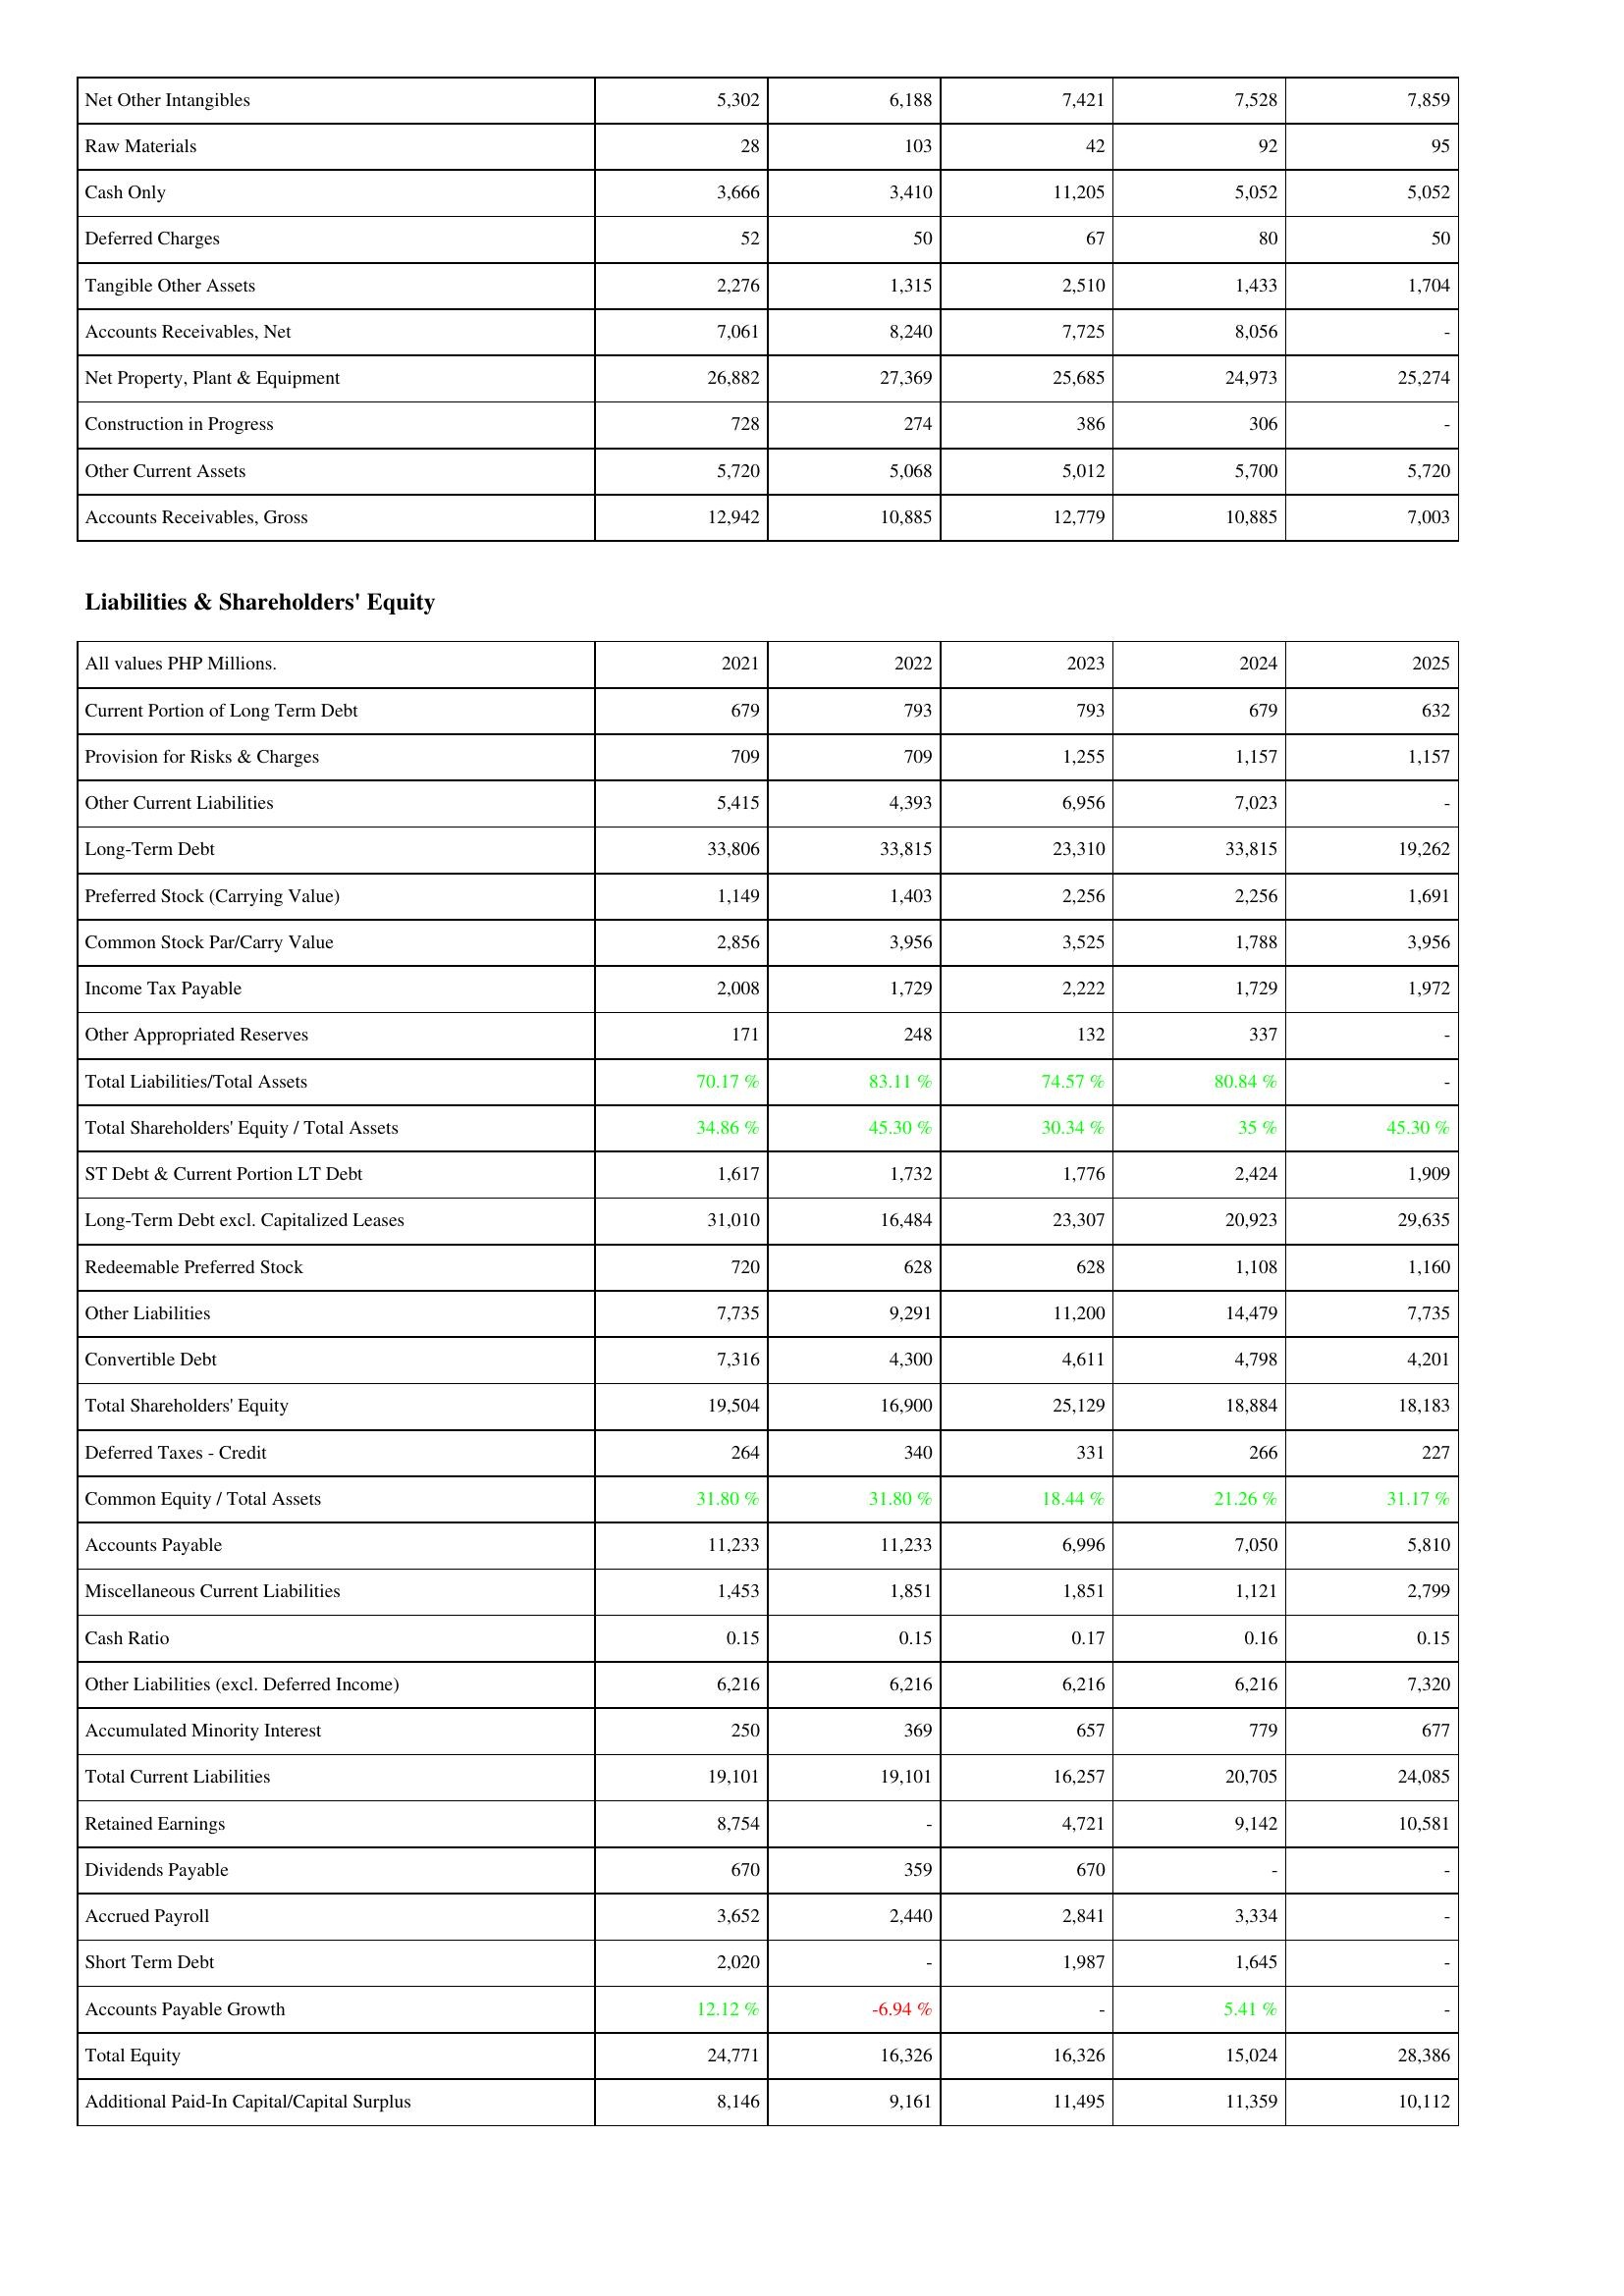
2021: Assets: Net Other Intangibles: 5,302
Raw Materials: 28
Cash Only: 3,666
Deferred Charges: 52
Tangible Other Assets: 2,276
Accounts Receivables, Net: 7,061
Net Property, Plant & Equipment: 26,882
Construction in Progress: 728
Other Current Assets: 5,720
Accounts Receivables, Gross: 12,942
Liabilities & Shareholders' Equity: Current Portion of Long Term Debt: 679
Provision for Risks & Charges: 709
Other Current Liabilities: 5,415
Long-Term Debt: 33,806
Preferred Stock (Carrying Value): 1,149
Common Stock Par/Carry Value: 2,856
Income Tax Payable: 2,008
Other Appropriated Reserves: 171
Total Liabilities/Total Assets: 70.17 %
Total Shareholders' Equity / Total Assets: 34.86 %
ST Debt & Current Portion LT Debt: 1,617
Long-Term Debt excl. Capitalized Leases: 31,010
Redeemable Preferred Stock: 720
Other Liabilities: 7,735
Convertible Debt: 7,316
Total Shareholders' Equity: 19,504
Deferred Taxes - Credit: 264
Common Equity / Total Assets: 31.80 %
Accounts Payable: 11,233
Miscellaneous Current Liabilities: 1,453
Cash Ratio: 0.15
Other Liabilities (excl. Deferred Income): 6,216
Accumulated Minority Interest: 250
Total Current Liabilities: 19,101
Retained Earnings: 8,754
Dividends Payable: 670
Accrued Payroll: 3,652
Short Term Debt: 2,020
Accounts Payable Growth: 12.12 %
Total Equity: 24,771
Additional Paid-In Capital/Capital Surplus: 8,146
2022: Assets: Net Other Intangibles: 6,188
Raw Materials: 103
Cash Only: 3,410
Deferred Charges: 50
Tangible Other Assets: 1,315
Accounts Receivables, Net: 8,240
Net Property, Plant & Equipment: 27,369
Construction in Progress: 274
Other Current Assets: 5,068
Accounts Receivables, Gross: 10,885
Liabilities & Shareholders' Equity: Current Portion of Long Term Debt: 793
Provision for Risks & Charges: 709
Other Current Liabilities: 4,393
Long-Term Debt: 33,815
Preferred Stock (Carrying Value): 1,403
Common Stock Par/Carry Value: 3,956
Income Tax Payable: 1,729
Other Appropriated Reserves: 248
Total Liabilities/Total Assets: 83.11 %
Total Shareholders' Equity / Total Assets: 45.30 %
ST Debt & Current Portion LT Debt: 1,732
Long-Term Debt excl. Capitalized Leases: 16,484
Redeemable Preferred Stock: 628
Other Liabilities: 9,291
Convertible Debt: 4,300
Total Shareholders' Equity: 16,900
Deferred Taxes - Credit: 340
Common Equity / Total Assets: 31.80 %
Accounts Payable: 11,233
Miscellaneous Current Liabilities: 1,851
Cash Ratio: 0.15
Other Liabilities (excl. Deferred Income): 6,216
Accumulated Minority Interest: 369
Total Current Liabilities: 19,101
Retained Earnings: -
Dividends Payable: 359
Accrued Payroll: 2,440
Short Term Debt: -
Accounts Payable Growth: -6.94 %
Total Equity: 16,326
Additional Paid-In Capital/Capital Surplus: 9,161
2023: Assets: Net Other Intangibles: 7,421
Raw Materials: 42
Cash Only: 11,205
Deferred Charges: 67
Tangible Other Assets: 2,510
Accounts Receivables, Net: 7,725
Net Property, Plant & Equipment: 25,685
Construction in Progress: 386
Other Current Assets: 5,012
Accounts Receivables, Gross: 12,779
Liabilities & Shareholders' Equity: Current Portion of Long Term Debt: 793
Provision for Risks & Charges: 1,255
Other Current Liabilities: 6,956
Long-Term Debt: 23,310
Preferred Stock (Carrying Value): 2,256
Common Stock Par/Carry Value: 3,525
Income Tax Payable: 2,222
Other Appropriated Reserves: 132
Total Liabilities/Total Assets: 74.57 %
Total Shareholders' Equity / Total Assets: 30.34 %
ST Debt & Current Portion LT Debt: 1,776
Long-Term Debt excl. Capitalized Leases: 23,307
Redeemable Preferred Stock: 628
Other Liabilities: 11,200
Convertible Debt: 4,611
Total Shareholders' Equity: 25,129
Deferred Taxes - Credit: 331
Common Equity / Total Assets: 18.44 %
Accounts Payable: 6,996
Miscellaneous Current Liabilities: 1,851
Cash Ratio: 0.17
Other Liabilities (excl. Deferred Income): 6,216
Accumulated Minority Interest: 657
Total Current Liabilities: 16,257
Retained Earnings: 4,721
Dividends Payable: 670
Accrued Payroll: 2,841
Short Term Debt: 1,987
Accounts Payable Growth: -
Total Equity: 16,326
Additional Paid-In Capital/Capital Surplus: 11,495
2024: Assets: Net Other Intangibles: 7,528
Raw Materials: 92
Cash Only: 5,052
Deferred Charges: 80
Tangible Other Assets: 1,433
Accounts Receivables, Net: 8,056
Net Property, Plant & Equipment: 24,973
Construction in Progress: 306
Other Current Assets: 5,700
Accounts Receivables, Gross: 10,885
Liabilities & Shareholders' Equity: Current Portion of Long Term Debt: 679
Provision for Risks & Charges: 1,157
Other Current Liabilities: 7,023
Long-Term Debt: 33,815
Preferred Stock (Carrying Value): 2,256
Common Stock Par/Carry Value: 1,788
Income Tax Payable: 1,729
Other Appropriated Reserves: 337
Total Liabilities/Total Assets: 80.84 %
Total Shareholders' Equity / Total Assets: 35 %
ST Debt & Current Portion LT Debt: 2,424
Long-Term Debt excl. Capitalized Leases: 20,923
Redeemable Preferred Stock: 1,108
Other Liabilities: 14,479
Convertible Debt: 4,798
Total Shareholders' Equity: 18,884
Deferred Taxes - Credit: 266
Common Equity / Total Assets: 21.26 %
Accounts Payable: 7,050
Miscellaneous Current Liabilities: 1,121
Cash Ratio: 0.16
Other Liabilities (excl. Deferred Income): 6,216
Accumulated Minority Interest: 779
Total Current Liabilities: 20,705
Retained Earnings: 9,142
Dividends Payable: -
Accrued Payroll: 3,334
Short Term Debt: 1,645
Accounts Payable Growth: 5.41 %
Total Equity: 15,024
Additional Paid-In Capital/Capital Surplus: 11,359
2025: Assets: Net Other Intangibles: 7,859
Raw Materials: 95
Cash Only: 5,052
Deferred Charges: 50
Tangible Other Assets: 1,704
Accounts Receivables, Net: -
Net Property, Plant & Equipment: 25,274
Construction in Progress: -
Other Current Assets: 5,720
Accounts Receivables, Gross: 7,003
Liabilities & Shareholders' Equity: Current Portion of Long Term Debt: 632
Provision for Risks & Charges: 1,157
Other Current Liabilities: -
Long-Term Debt: 19,262
Preferred Stock (Carrying Value): 1,691
Common Stock Par/Carry Value: 3,956
Income Tax Payable: 1,972
Other Appropriated Reserves: -
Total Liabilities/Total Assets: -
Total Shareholders' Equity / Total Assets: 45.30 %
ST Debt & Current Portion LT Debt: 1,909
Long-Term Debt excl. Capitalized Leases: 29,635
Redeemable Preferred Stock: 1,160
Other Liabilities: 7,735
Convertible Debt: 4,201
Total Shareholders' Equity: 18,183
Deferred Taxes - Credit: 227
Common Equity / Total Assets: 31.17 %
Accounts Payable: 5,810
Miscellaneous Current Liabilities: 2,799
Cash Ratio: 0.15
Other Liabilities (excl. Deferred Income): 7,320
Accumulated Minority Interest: 677
Total Current Liabilities: 24,085
Retained Earnings: 10,581
Dividends Payable: -
Accrued Payroll: -
Short Term Debt: -
Accounts Payable Growth: -
Total Equity: 28,386
Additional Paid-In Capital/Capital Surplus: 10,112